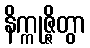
နိက္ကုဇ္ဇိတွာ